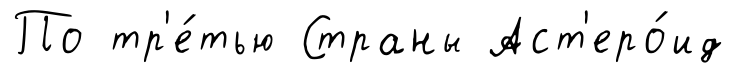
По тр'е́тью Страны Аст'еро́ид